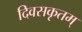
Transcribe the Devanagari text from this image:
दिवसकृतम्‌